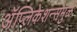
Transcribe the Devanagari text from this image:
अॅप्लिकेशन्समुळे